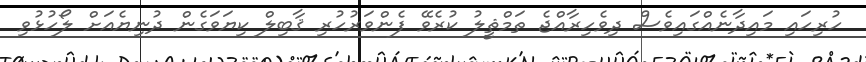
ހުރިހައި މައިދާނެއްގައިވެސް ދިވެހިރާއްޖެ ތަމްޘީލު ކުރެވޭ ފެންވަރުހުރި ޤާބިލް ކިޔަވަގެން ދުނިޔެއަށް ލޯހުޅުވި